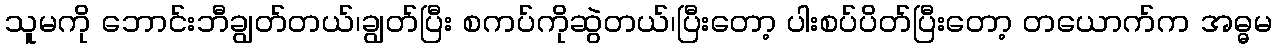
သူမကို ဘောင်းဘီချွတ်တယ်၊ချွတ်ပြီး စကပ်ကိုဆွဲတယ်၊ပြီးတော့ ပါးစပ်ပိတ်ပြီးတော့ တယောက်က အဓ္ဓမ